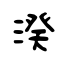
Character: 湀